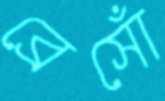
ব্রেসোঁ